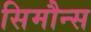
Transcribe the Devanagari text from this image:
सिमौन्स